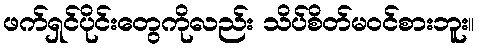
ဖက်ရှင်ပိုင်းတွေကိုလည်း သိပ်စိတ်မဝင်စားဘူး။